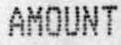
AMOUNT